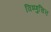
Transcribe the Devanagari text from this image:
विष्णुचित्त